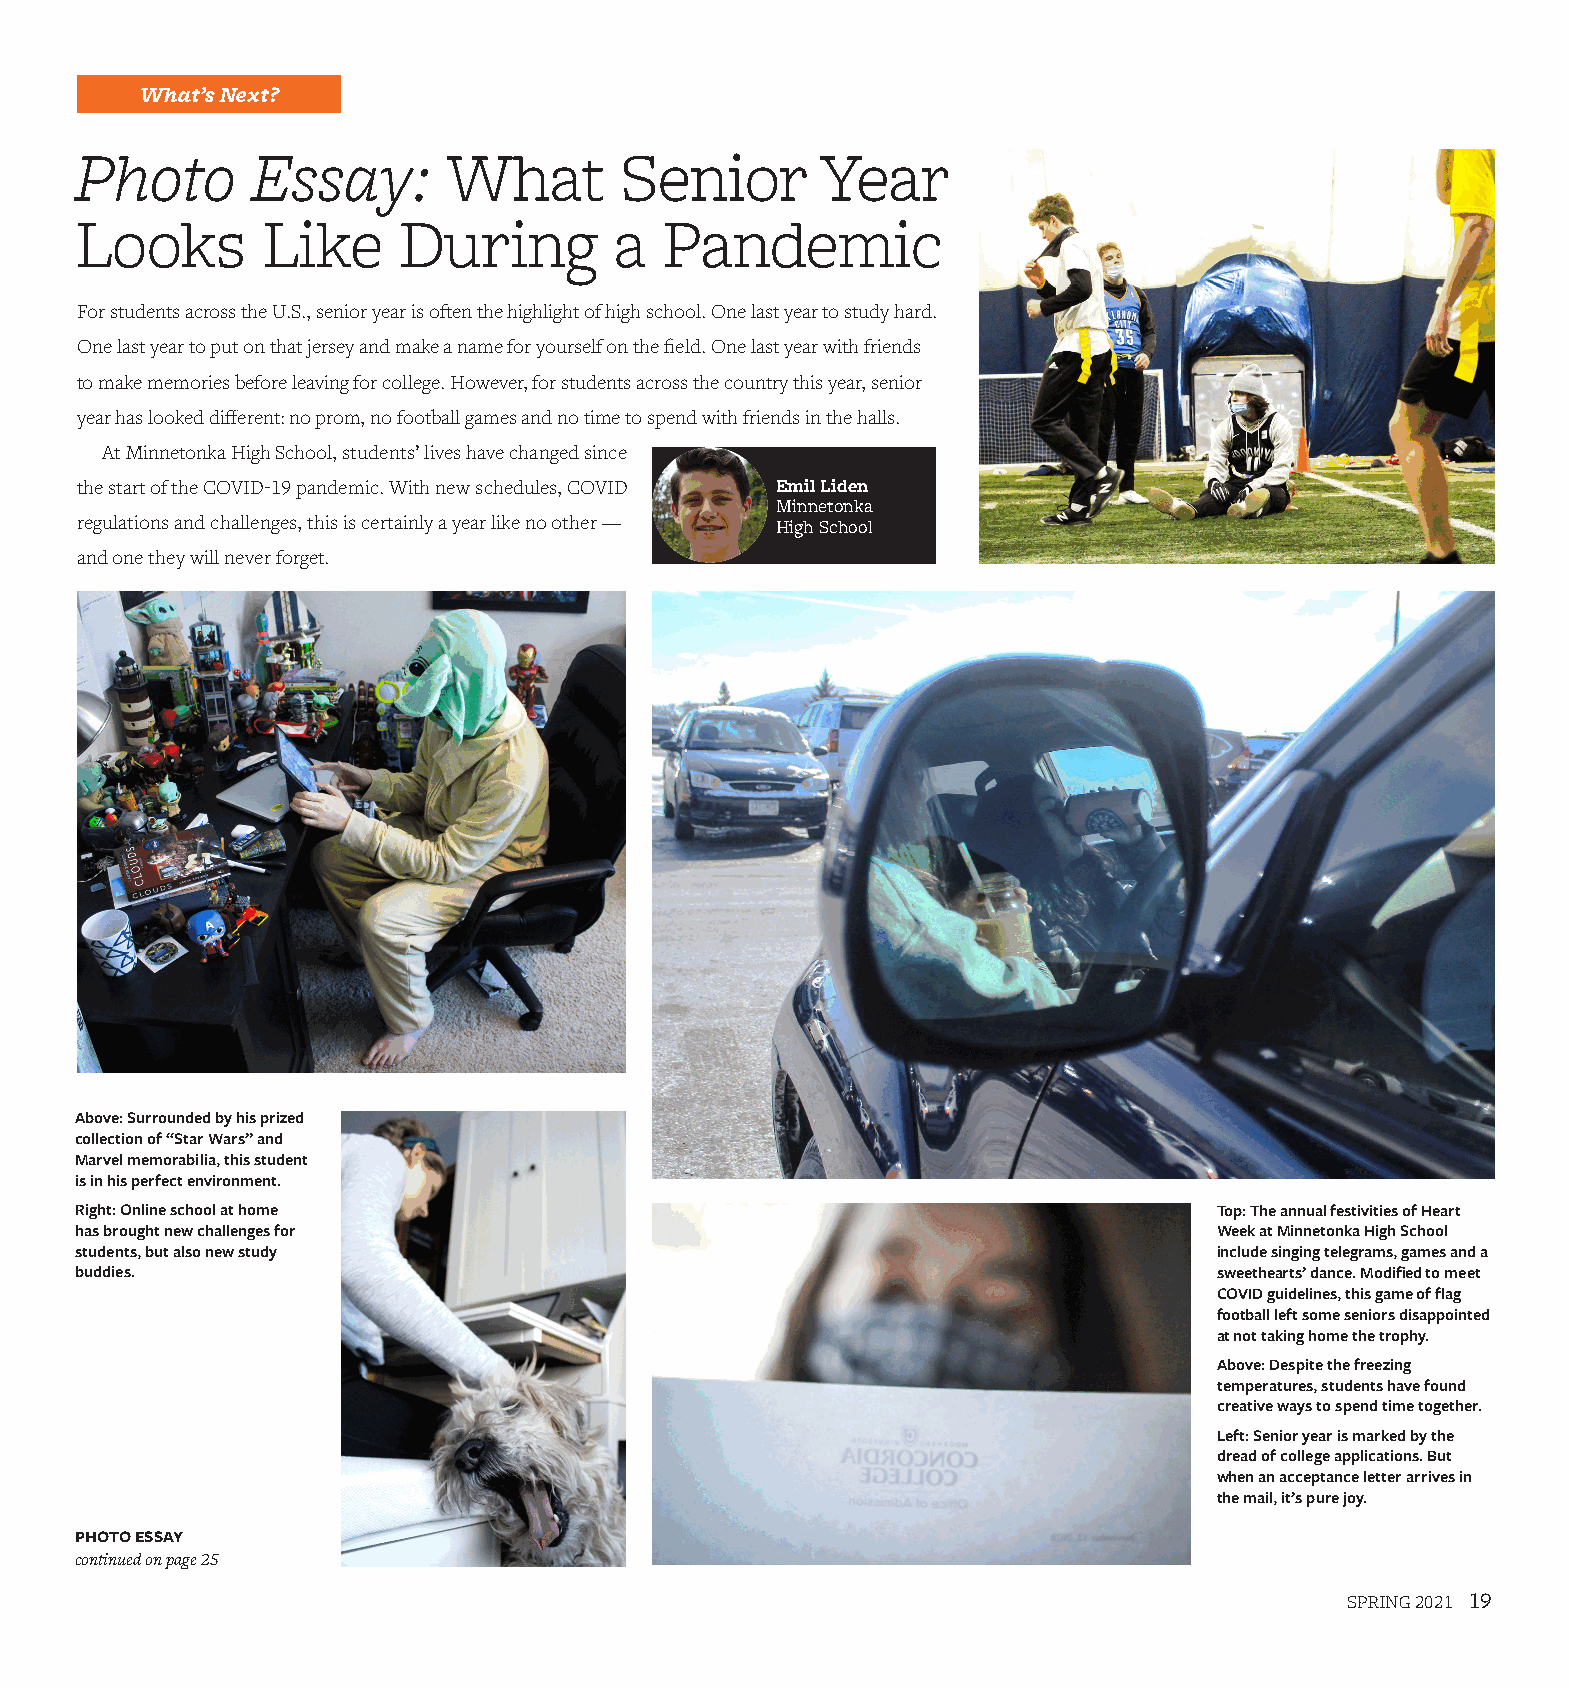
What’s Next?
 Photo       Essay:       What       Senior       Year
 Looks       Like     During         a  Pandemic
 For students across the U.S., senior year is often the highlight of high school. One last year to study hard.
 One last year to put on that jersey and make a name for yourself on the field. One last year with friends
 to make memories before leaving for college. However, for students across the country this year, senior
 year has looked different: no prom, no football games and no time to spend with friends in the halls.
 At Minnetonka High School, students’ lives have changed since
 the start of the COVID-19 pandemic. With new schedules, COVID Emil Liden
 Minnetonka
 regulations and challenges, this is certainly a year like no other —
 High School
 and one they will never forget.
 Above: Surrounded by his prized
 collection of “Star Wars” and
 Marvel memorabilia, this student
 is in his perfect environment.
 Right: Online school at home                                                Top: The annual festivities of Heart
 has brought new challenges for                                              Week at Minnetonka High School
 students, but also new study                                                include singing telegrams, games and a
 buddies.                                                                    sweethearts’ dance. Modified to meet
 COVID guidelines, this game of flag
 football left some seniors disappointed
 at not taking home the trophy.
 Above: Despite the freezing
 temperatures, students have found
 creative ways to spend time together.
 Left: Senior year is marked by the
 dread of college applications. But
 when an acceptance letter arrives in
 the mail, it’s pure joy.
 PHOTO ESSAY
 continued on page 25
 SPRING 2021 19